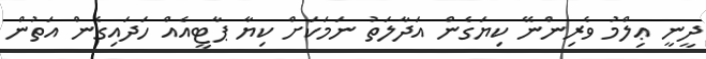
ދީނީ ޢިލްމު ވެރިންނޭ ކިޔަގެން އަދާލަތު ނަމަކަށް ކިޔާ ޕާޓީއެއް ހަދައިގެން އަތުން